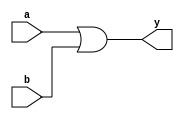
module OR_gate (
    input wire a,
    input wire b,
    output reg y
);

always @(*)
begin
    y = a | b;
end

endmodule